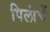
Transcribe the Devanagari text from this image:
पिलांचें